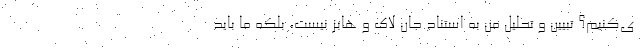
ی‌کنیم؟ تبیین و تحلیل من به استناد جان لاک و هابز نیست، بلکه ما باید